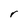
Character: r